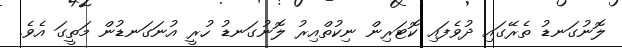
ލޮނުގަނޑު ތެރޭގައި ދުވެފައި ކޮޓަރިން ނިކުތްއިރު ލޮނުގަނޑު ހުރީ އުނަގަނޑުން މަތީގަ އެވެ.